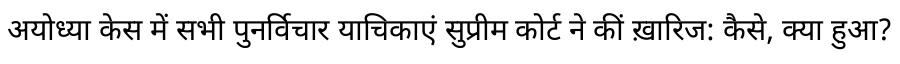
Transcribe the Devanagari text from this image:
अयोध्या केस में सभी पुनर्विचार याचिकाएं सुप्रीम कोर्ट ने कीं ख़ारिज: कैसे, क्या हुआ?